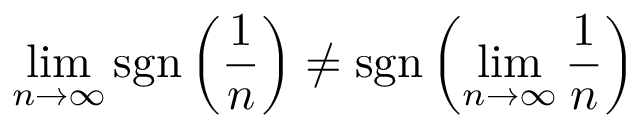
\operatorname* { l i m } _ { n \to \infty } \operatorname { s g n } \left( { \frac { 1 } { n } } \right) \neq \operatorname { s g n } \left( \operatorname* { l i m } _ { n \to \infty } { \frac { 1 } { n } } \right)